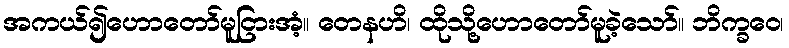
အကယ်၍ဟောတော်မူငြားအံ့။ တေနဟိ၊ ထိုသို့ဟောတော်မူခဲ့သော်။ ဘိက္ခဝေ၊